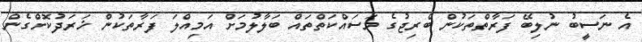
އެ ނަސީބު ނުލިބޭ ފަރާތްތަކުން ބްރިޖުގެ މަސައްކަތްތައް ބަލާލުމަށް އަމިއްލަ ފަރާތަކުން ޚަރަދުކޮށްގެން